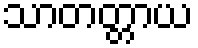
သာတတ္တာယ